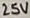
Text: 25V